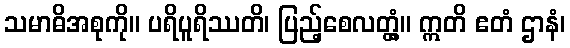
သမာဓိအစုကို။ ပရိပူရိဿတိ၊ ပြည့်စေလတ္တံ့။ ဣတိ ဧတံ ဌာနံ၊